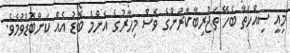
މިއީ ސިއްހަތާ ބެހޭ ތަޖުރިބާކާރުންގެ ވެސް މިހާރުގެ އެންމެ ބޮޑު އެއް ކަންބޮޑުވުމެވެ.